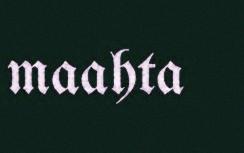
maahta